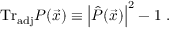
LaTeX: \mathrm { T r } _ { \mathrm { a d j } } P ( { \vec { x } } ) \equiv \left| { \hat { P } } ( { \vec { x } } ) \right| ^ { 2 } - 1 ~ .